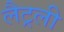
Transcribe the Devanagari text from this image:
लैट्रली